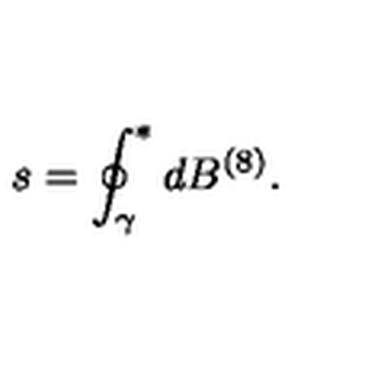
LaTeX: s = \oint _ { \gamma } ^ { * } d B ^ { ( 8 ) } .